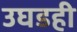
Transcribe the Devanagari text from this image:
उघडही